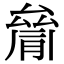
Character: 𠬐